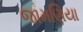
જામણિયા